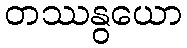
တဿနွယော